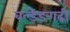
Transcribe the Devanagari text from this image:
बल्डेङगढी